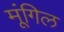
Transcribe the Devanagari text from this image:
मूंगिल